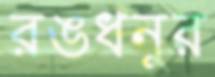
রঙধনুর